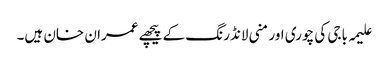
علیمہ باجی کی چوری اور منی لانڈرنگ کے پیچھے عمران خان ہیں۔